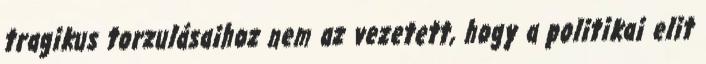
tragikus torzulásaihoz nem az vezetett, hogy a politikai elit